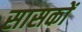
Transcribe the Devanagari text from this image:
सासकों